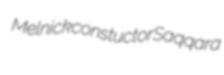
Melnick constuctor Saqqara